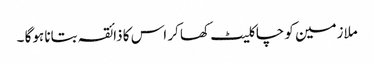
ملازمین کو چاکلیٹ کھا کر اس کا ذائقہ بتانا ہوگا ۔